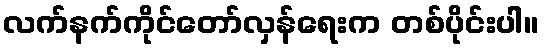
လက်နက်ကိုင်တော်လှန်ရေးက တစ်ပိုင်းပါ။